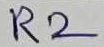
Text: R2